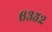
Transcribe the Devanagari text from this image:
६३५२